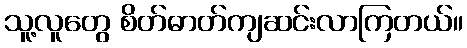
သူ့လူတွေ စိတ်ဓာတ်ကျဆင်းလာကြတယ်။